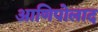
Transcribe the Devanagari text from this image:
आणिपोलाद